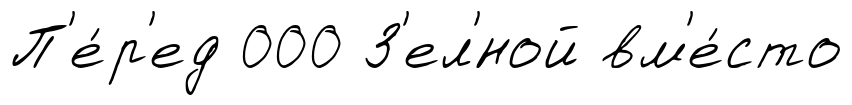
П'е́р'ед 000 З'ел'́ной вм'е́сто